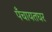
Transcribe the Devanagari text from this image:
पँचायतघर